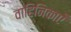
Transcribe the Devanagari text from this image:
वाहिनिकाएँ